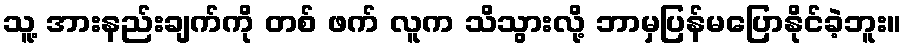
သူ့ အားနည်းချက်ကို တစ် ဖက် လူက သိသွားလို့ ဘာမှပြန်မပြောနိုင်ခဲ့ဘူး။